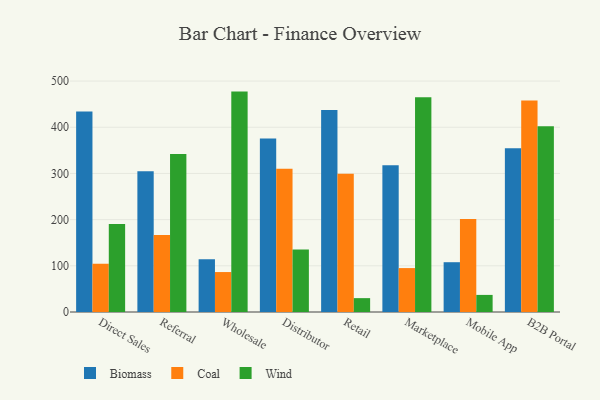
{"axis": {"x": "Channel", "y": "Churn Rate (%)"}, "legend": ["Biomass", "Coal", "Wind"], "data": [{"x": "Direct Sales", "y": 434.1, "type": "Biomass"}, {"x": "Direct Sales", "y": 104.5, "type": "Coal"}, {"x": "Direct Sales", "y": 190.8, "type": "Wind"}, {"x": "Referral", "y": 304.9, "type": "Biomass"}, {"x": "Referral", "y": 166.9, "type": "Coal"}, {"x": "Referral", "y": 342.1, "type": "Wind"}, {"x": "Wholesale", "y": 114.4, "type": "Biomass"}, {"x": "Wholesale", "y": 86.5, "type": "Coal"}, {"x": "Wholesale", "y": 477.2, "type": "Wind"}, {"x": "Distributor", "y": 375.5, "type": "Biomass"}, {"x": "Distributor", "y": 310.3, "type": "Coal"}, {"x": "Distributor", "y": 135.1, "type": "Wind"}, {"x": "Retail", "y": 437.5, "type": "Biomass"}, {"x": "Retail", "y": 299.1, "type": "Coal"}, {"x": "Retail", "y": 30.0, "type": "Wind"}, {"x": "Marketplace", "y": 317.9, "type": "Biomass"}, {"x": "Marketplace", "y": 95.1, "type": "Coal"}, {"x": "Marketplace", "y": 465.1, "type": "Wind"}, {"x": "Mobile App", "y": 107.8, "type": "Biomass"}, {"x": "Mobile App", "y": 201.1, "type": "Coal"}, {"x": "Mobile App", "y": 37.0, "type": "Wind"}, {"x": "B2B Portal", "y": 354.5, "type": "Biomass"}, {"x": "B2B Portal", "y": 458.1, "type": "Coal"}, {"x": "B2B Portal", "y": 402.1, "type": "Wind"}]}